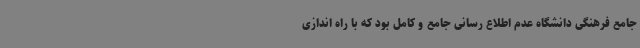
جامع فرهنگی دانشگاه عدم اطلاع رسانی جامع و کامل بود که با راه اندازی